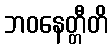
ဘဝနေတ္တီတိ